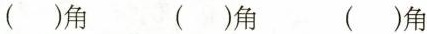
( )角 ( )角 ( )角